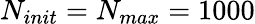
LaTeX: N_{init}=N_{max}=1000